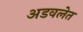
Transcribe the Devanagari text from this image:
अडवलेत